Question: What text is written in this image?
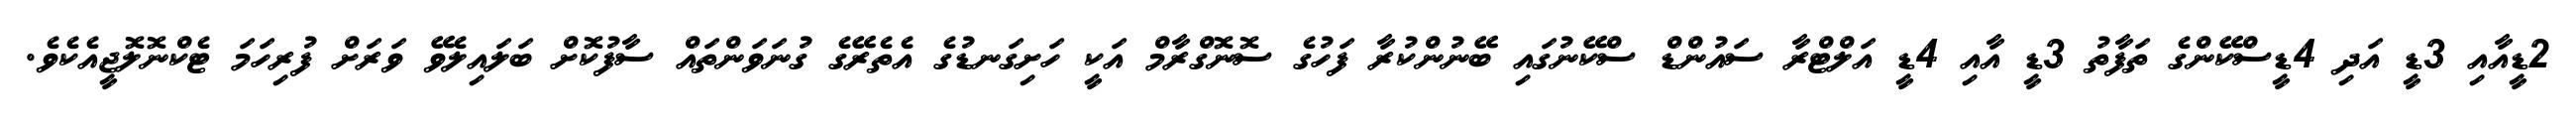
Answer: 2ޑީއާއި 3ޑީ އަދި 4ޑީސްކޭންގެ ތަފާތު 3ޑީ އާއި 4ޑީ އަލްޓްރާ ސައުންޑް ސްކޭނުގައި ބޭނުންކުރާ ފަހުގެ ސޮނޮގްރާމް އަކީ ހަށިގަނޑުގެ އެތެރޭގެ ގުނަވަންތައް ސާފުކޮށް ބަލައިލެވޭ ވަރަށް ފުރިހަމަ ޓެކްނޮލޮޖީއެކެވެ.